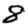
Digit: 8